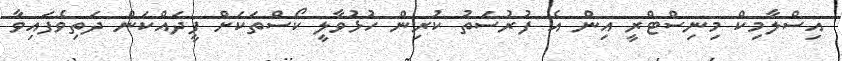
އިސްލާމިކް މިނިސްޓްރީ އިން އެ ފުރުސަތު ކުރިން ހުޅުވާލީ ކޯސްތަކަށް ފީދައްކަން ދަތިވެފައިވާ